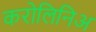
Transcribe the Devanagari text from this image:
करोलिनिअ